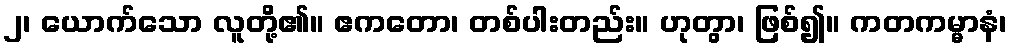
၂၊ ယောက်သော လူတို့၏။ ဧကတော၊ တစ်ပါးတည်း။ ဟုတွာ၊ ဖြစ်၍။ ကတကမ္မာနံ၊